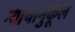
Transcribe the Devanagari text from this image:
न्यायानुकूल